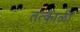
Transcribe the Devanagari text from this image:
तत्काळी